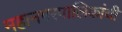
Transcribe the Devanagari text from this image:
महानगरपालिकांची